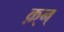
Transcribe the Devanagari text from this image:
क़्न्